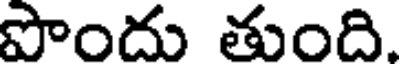
పొందు తుంది.